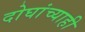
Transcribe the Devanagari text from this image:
दोघांच्‍याही